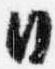
日